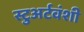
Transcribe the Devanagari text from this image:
स्टुअर्टवंशी